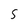
Character: 5